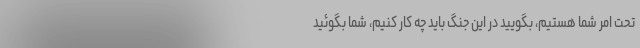
تحت امر شما هستیم، بگویید در این جنگ باید چه کار کنیم، شما بگوئید